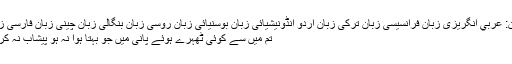
زبان: عربي انگریزی زبان فرانسیسی زبان ترکی زبان اردو انڈونیشیائی زبان بوسنیائی زبان روسی زبان بنگالی زبان چینی زبان فارسی زبان
تم میں سے کوئی ٹھہرے ہوئے پانی میں جو بہتا ہوا نہ ہو پیشاب نہ کرے۔